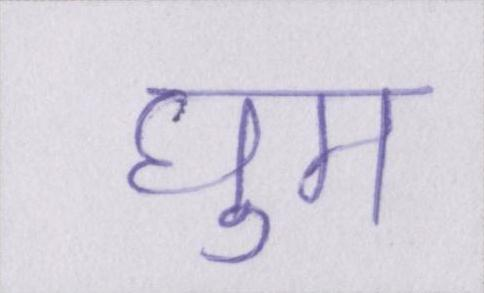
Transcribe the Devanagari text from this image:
घुम